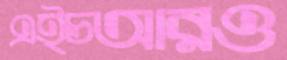
এইচআরও